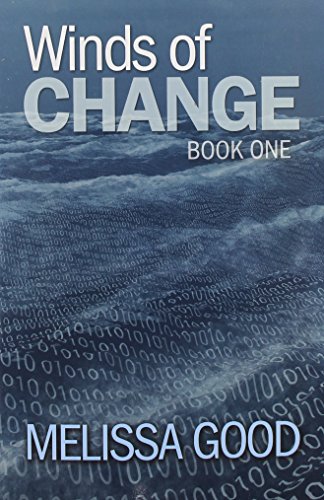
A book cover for Winds of Change-Book One; Melissa Good; Romance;